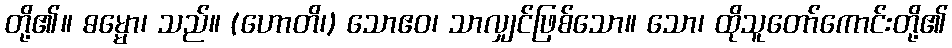
တို့၏။ ဓမ္မော၊ သည်။ (ဟောတိ၊) သောဧဝ၊ သာလျှင်ဖြစ်သော။ သော၊ ထိုသူတော်ကောင်းတို့၏